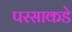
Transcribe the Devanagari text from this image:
परसाकडे